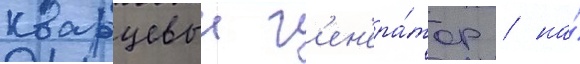
кварцевыи г'ен'ера́тор / на́